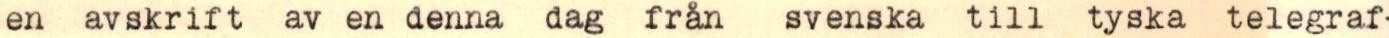
en avskrift av en denna dag från svenska till tyska telegraf-